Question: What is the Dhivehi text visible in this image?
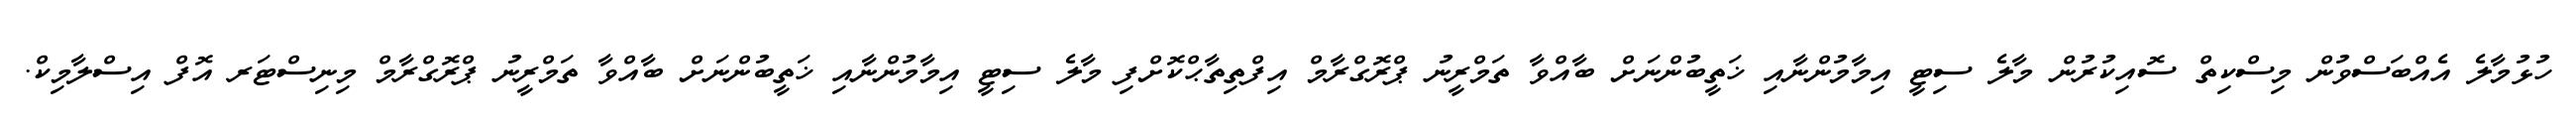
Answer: ހުޅުމާލެ އެއްބަސްވުން މިސްކިތް ސޮއިކުރުން މާލެ ސިޓީ އިމާމުންނާއި ޚަތީބުންނަށް ބާއްވާ ތަމްރީނު ޕްރޮގްރާމް އިފްތިތާޙްކޮށްފި މާލެ ސިޓީ އިމާމުންނާއި ޚަތީބުންނަށް ބާއްވާ ތަމްރީނު ޕްރޮގްރާމް މިނިސްޓަރ އޮފް އިސްލާމިކް.